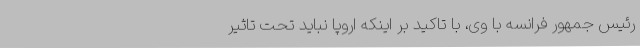
رئیس جمهور فرانسه با وی، با تاکید بر اینکه اروپا نباید تحت تاثیر